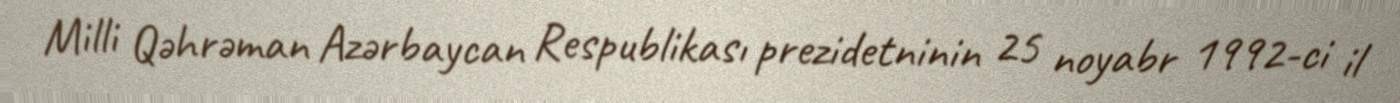
Milli Qəhrəman Azərbaycan Respublikası prezidetninin 25 noyabr 1992-ci il